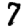
Digit: 7